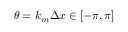
\theta = k _ { m } \Delta x \in [ - \pi , \pi ]